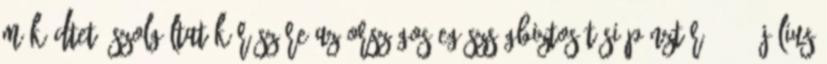
működtető Szolgáltatók részére Az Országos Egészségbiztosítási Pénztár 2011. július